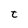
Character: t